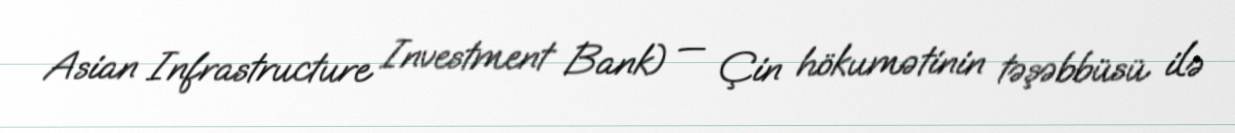
Asian Infrastructure Investment Bank) — Çin hökumətinin təşəbbüsü ilə